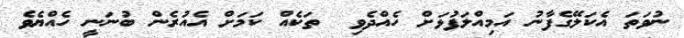
ނުވަތަ އެކަލޭގެފާނު އަމިއްލަފުޅަށް ހެއްދެވި  ތަކެއް ކަމަށް އެއުރެން ބުނަނީ ހެއްޔެވެ